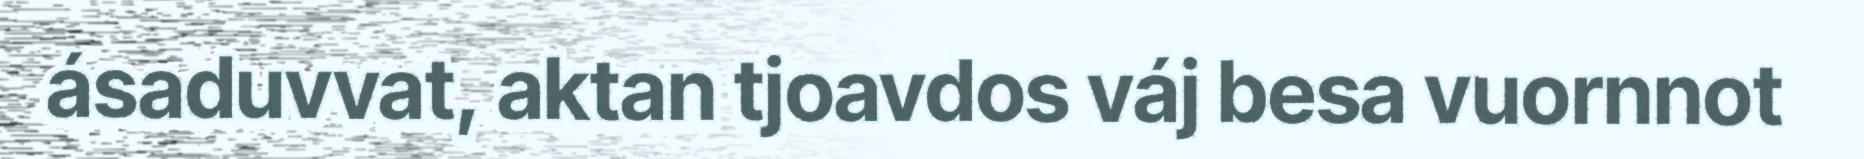
ásaduvvat, aktan tjoavdos váj besa vuornnot